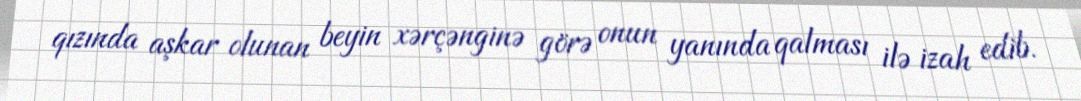
qızında aşkar olunan beyin xərçənginə görə onun yanında qalması ilə izah edib.